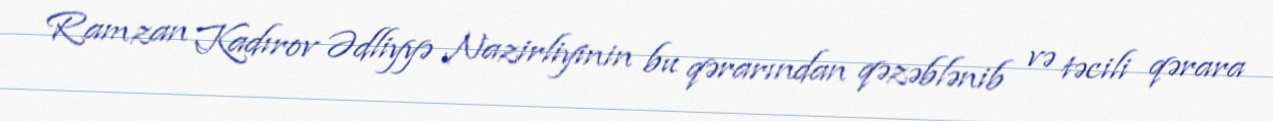
Ramzan Kadırov Ədliyyə Nazirliyinin bu qərarından qəzəblənib və təcili qərara